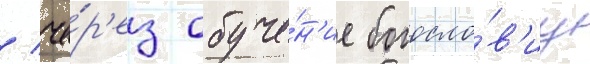
/ че́р'ез обуче́н'ие богосло́в'иу